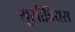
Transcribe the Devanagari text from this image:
यूसीबियस